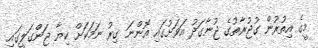
މީގެ އިތުރުން ގުޖުރާތުގެ ޖުނާގަދު އަވަށުގައި އޮންނަ ގިރު ނަމަކަށް ކިޔާ ޖަންގަލީގައި